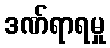
ဒဏ်ရာရမှု